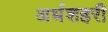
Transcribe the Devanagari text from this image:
अर्धशहरी